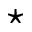
\star